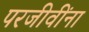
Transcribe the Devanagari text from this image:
परजीवींना